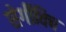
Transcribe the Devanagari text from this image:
सेर्गीविच